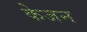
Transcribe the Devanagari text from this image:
केजन